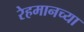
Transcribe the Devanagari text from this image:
रेहमानच्या